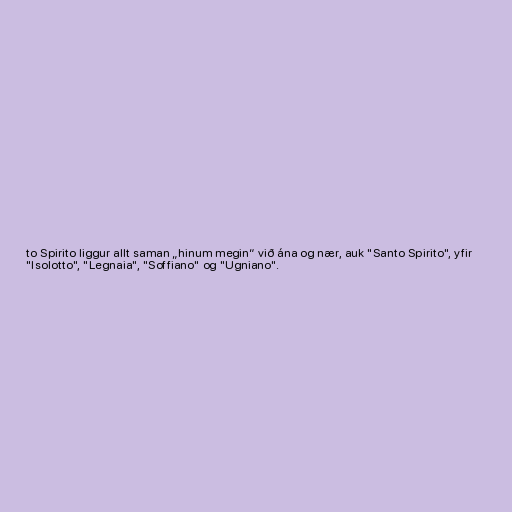
to Spirito liggur allt saman „hinum megin“ við ána og nær, auk "Santo Spirito", yfir
"Isolotto", "Legnaia", "Soffiano" og "Ugniano".